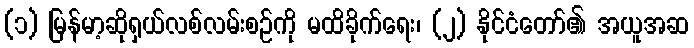
(၁) မြန်မာ့ဆိုရှယ်လစ်လမ်းစဉ်ကို မထိခိုက်ရေး၊ (၂) နိုင်ငံတော်၏ အယူအဆ